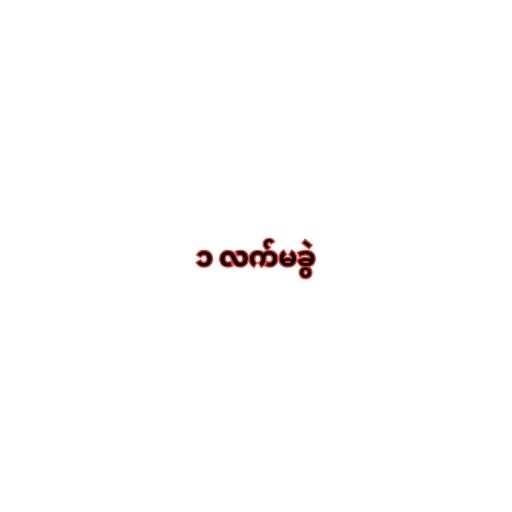
၁ လက်မခွဲ